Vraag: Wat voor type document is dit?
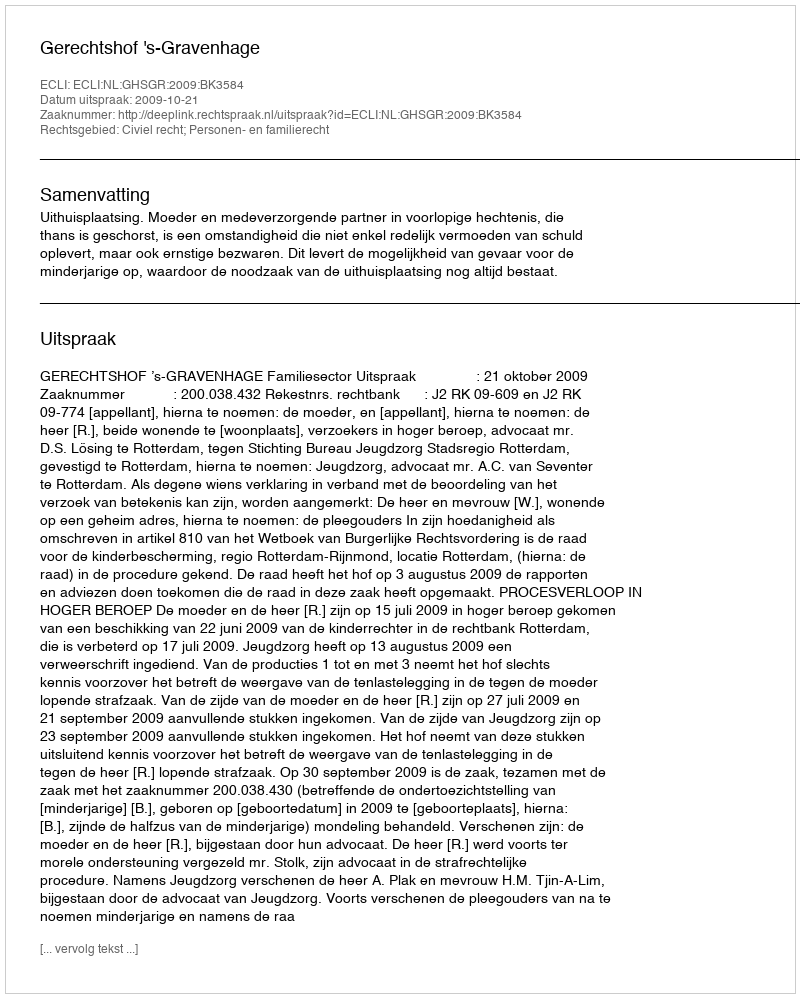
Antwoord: Uitspraak